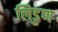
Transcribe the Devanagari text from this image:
लिडुण